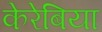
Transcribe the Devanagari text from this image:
केरेबिया